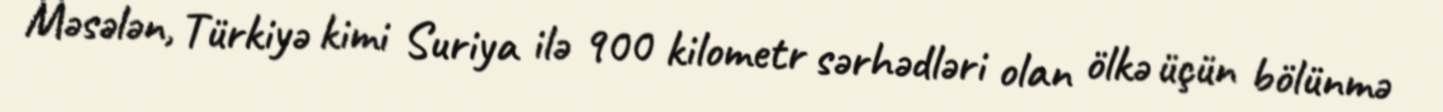
Məsələn, Türkiyə kimi Suriya ilə 900 kilometr sərhədləri olan ölkə üçün bölünmə